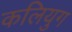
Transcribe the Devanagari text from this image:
कलियुग